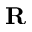
\textbf { R }